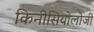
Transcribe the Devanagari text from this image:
किनीसियोलोजी